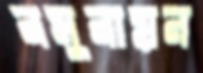
নমুনায়ন